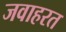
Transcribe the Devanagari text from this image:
जवाहरत